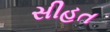
સીહત